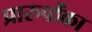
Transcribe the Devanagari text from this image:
प्रारुपोंका